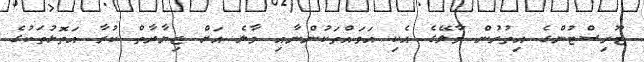
ޓޫރިސްޓުންގެ އިތުރުން މާލޭގެ އެކި އަވައްތަކުންނާއި މާލެ އަށް ޒިޔާރާތް ކުރާ އަތޮޅުތަކުގެ